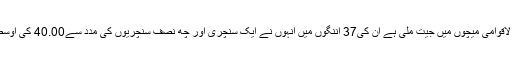
محمد نبی کی موجودگی میں افغانستان کو جن44 ایک روزہ بین الاقوامی میچوں میں جیت ملی ہے ان کی37 اننگوں میں انہوں نے ایک سنچری اور چھ نصف سنچریوں کی مدد سے40.00 کی اوسط اور96.80 کے اسڑائیک ریٹ کے ساتھ1120 رن بنائے ہیں۔